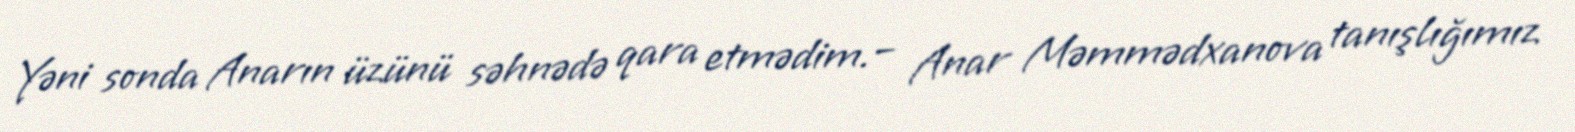
Yəni sonda Anarın üzünü səhnədə qara etmədim.– Anar Məmmədxanova tanışlığımız